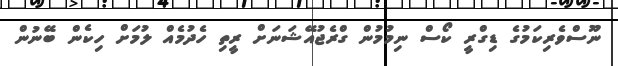
ނޫސްވެރިކަމުގެ ޑިގްރީ ކޯސް ނިމުމުން ގްރެޖުއޭޝަނަށް ރީތި ހެދުމެއް ލުމަށް ހިކެން ބޭނުން